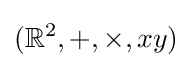
(\mathbb {R} ^{2},+,\times ,xy)